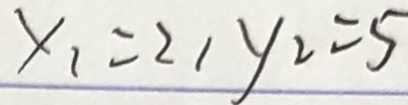
y _ { 1 } = 2 , y _ { 2 } = 5